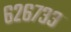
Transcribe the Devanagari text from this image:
६२६७३३